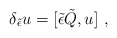
\begin{align*}\delta_{\tilde \epsilon} u= [{\tilde \epsilon}{\tilde Q},u]\ , \end{align*}